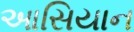
આસિયાન